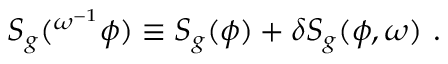
S _ { g } ( ^ { \omega ^ { - 1 } } \phi ) \equiv S _ { g } ( \phi ) + \delta S _ { g } ( \phi , \omega ) \ .